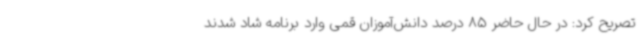
تصریح کرد: در حال حاضر 85 درصد دانش‌آموزان قمی وارد برنامه شاد شدند